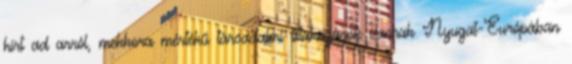
hírt ad arról, mekkora mértékű társadalmi tiltakozások vannak Nyugat-Európában